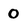
Character: 0